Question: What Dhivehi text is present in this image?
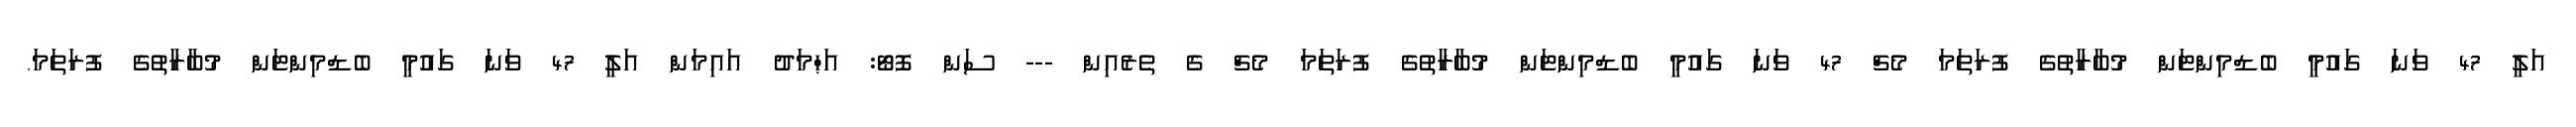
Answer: އަލީ 47 ވަނަ ގައުމީ ބެޑްމިންޓަން މުބާރާތުގެ ފުރަތަމަ މެޗް 47 ވަނަ ގައުމީ ބެޑްމިންޓަން މުބާރާތުގެ ފުރަތަމަ މެޗް ގެ ތެރެއިން --- ސަން ފޮޓޯ: އަޙްމަދު އައިމަން އަލީ 47 ވަނަ ގައުމީ ބެޑްމިންޓަން މުބާރާތުގެ ފުރަތަމަ.